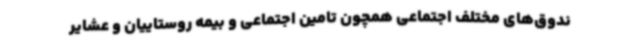
ندوق‌های مختلف اجتماعی همچون تامین اجتماعی و بیمه روستاییان و عشایر